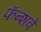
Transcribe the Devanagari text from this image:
फॅन्शवे